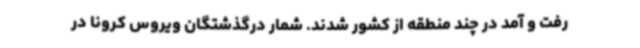
رفت و آمد در چند منطقه از کشور شدند. شمار درگذشتگان ویروس کرونا در